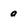
Character: 0